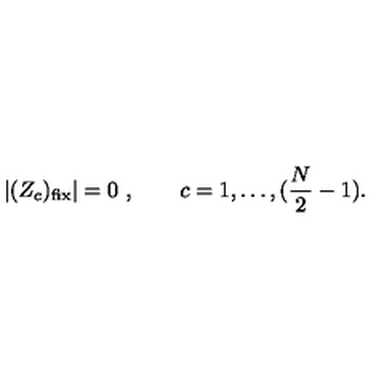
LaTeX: | ( Z _ { c } ) _ { \mathrm { f i x } } | = 0 \ , \qquad c = 1 , \dots , ( { \frac { N } { 2 } } - 1 ) .